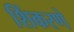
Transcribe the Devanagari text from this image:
शिंकरणे